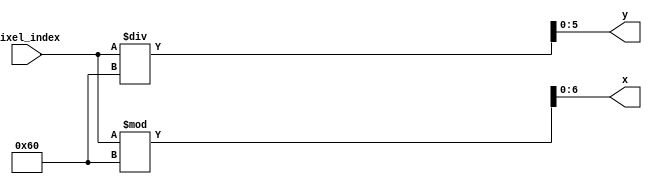
`timescale 1ns / 1ps
//////////////////////////////////////////////////////////////////////////////////
// Company: 
// Engineer: 
// 
// Design Name: 
// Module Name: index_coordinate
// Project Name: 
// Target Devices: 
// Tool Versions: 
// Description: 
// 
// Dependencies: 
// 
// Revision:
// Revision 0.01 - File Created
// Additional Comments:
// 
//////////////////////////////////////////////////////////////////////////////////


module index_coordinate(
    input [12:0] pixel_index,
    output [5:0] y,
    output [6:0] x
    );
    
    assign y = pixel_index / 96;
    assign x = pixel_index % 96;
    
endmodule